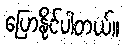
ပြောနိုင်ပါတယ်။